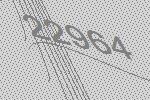
22964